Annual report of the Central Committee of the Association together with the report of the directors of the Pasteur Institute at Kasauli
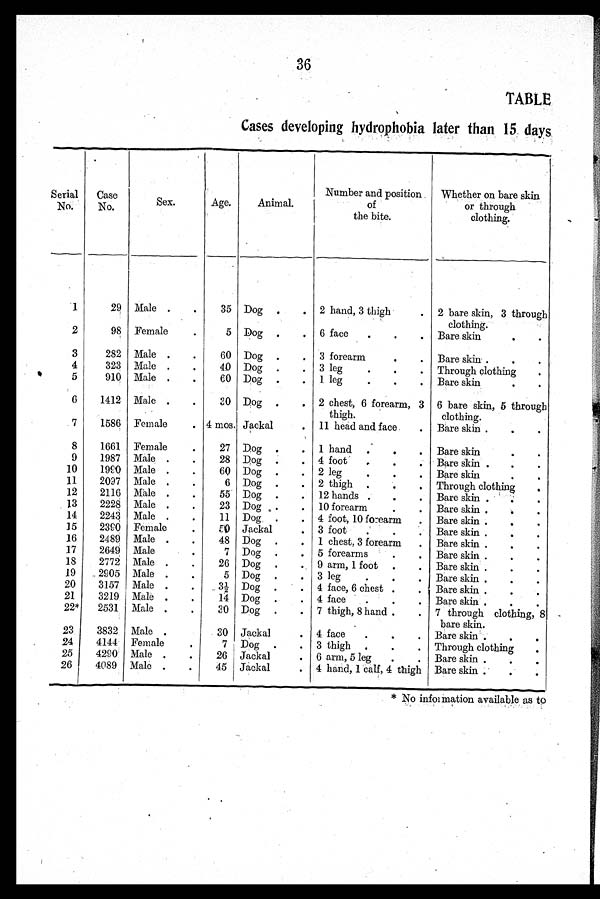
36
TABLE
Cases developing hydrophobia later than 15 days
Serial
No.
Case
No.
Sex.
Age.
Animal.
Number and position
of
the bite.
Whether on bare skin
or through
clothing.
1
29 Male
35 Dog
2 hand, 3 thigh
2 bare skin, 3 through
clothing.
2
98 Female
5 Dog
6 face
Bare skin
3
282 Male
60 Dog
3 forearm
Bare skin
4
323 Male
40 Dog
3 leg
Through clothing
5
910 Male
60 Dog
1 leg
Bare skin
6
1412 Male
30 Dog
2 chest, 6 forearm, 3
thigh.
6 bare skin, 5 through
clothing.
7
1586 Female
4 mos. Jackal
11 head and face.
Bare skin
8
1661 Female
27 Dog
1 hand
Bare skin
9
1987 Male
28 Dog
4 foot
Bare skin
10
1990 Male
60 Dog
2 leg
Bare skin
11
2097 Male
6 Dog
2 thigh
Through clothing
12
2116 Male
55 Dog
12 hands
Bare skin
13
2228 Male
23 Dog
10 forearm
Bare skin
14
2243 Male
11 Dog
4 foot, 10 forearm
Bare skin
15
2390 Female
50 Jackal
3 foot
Bare skin
16
2489 Male
48 Dog
1 chest, 3 forearm
Bare skin
17
2649 Male
7 Dog
5 forearms
Bare skin
18
2772 Male
26 Dog
9 arm, 1 foot
Bare skin
19
2905 Male
5 Dog
3 leg
Bare skin
20
3157 Male
3½ Dog
4 face, 6 chest
Bare skin
21
3219 Male
14 Dog
4 face
Bare skin
22*
2531 Male
30 Dog
7 thigh, 8 hand
7 through clothing, 8
bare skin.
23
3832 Male
30 Jackal
4 face
Bare skin
24
4144 Female
7 Dog
3 thigh
Through clothing
25
4290 Male
26 Jackal
6 arm, 5 leg
Bare skin
26
4089 Male
45 Jackal
4 hand, 1 calf, 4 thigh Bare skin
* No information available as to